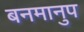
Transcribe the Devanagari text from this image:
बनमानुप